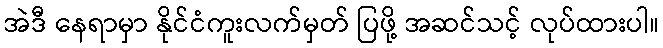
အဲဒီ နေရာမှာ နိုင်ငံကူးလက်မှတ် ပြဖို့ အဆင်သင့် လုပ်ထားပါ။